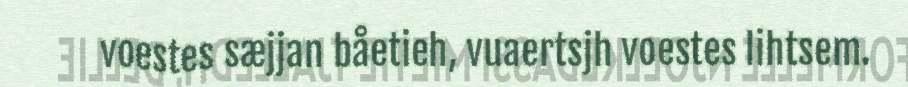
voestes sæjjan båetieh, vuaertsjh voestes lihtsem.